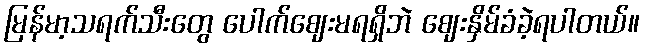
မြန်မာ့သရက်သီးတွေ ပေါက်ဈေးမရရှိဘဲ ဈေးနှိမ်ခံခဲ့ရပါတယ်။